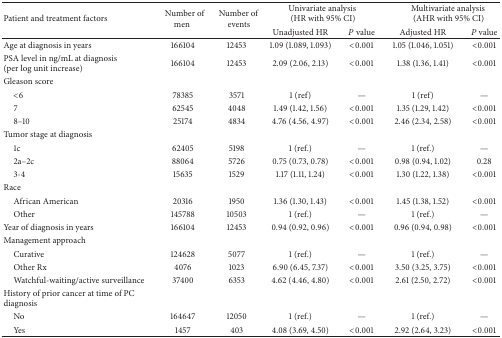
<table><thead><tr><td rowspan="2"><b>Patient and treatment factors</b></td><td rowspan="2"><b>Number of men</b></td><td rowspan="2"><b>Number of events</b></td><td colspan="2"><b>Univariate analysis(HR with 95% CI)</b></td><td colspan="2"><b>Multivariate analysis(AHR with 95% CI)</b></td></tr><tr><td><b>Unadjusted HR</b></td><td><b><i>P</i> value</b></td><td><b>Adjusted HR</b></td><td><b><i>P</i> value</b></td></tr></thead><tbody><tr><td>Age at diagnosis in years</td><td>166104</td><td>12453</td><td>1.09 (1.089, 1.093)</td><td>&lt;0.001</td><td>1.05 (1.046, 1.051)</td><td>&lt;0.001</td></tr><tr><td>PSA level in ng/mL at diagnosis (per log unit increase)</td><td>166104</td><td>12453</td><td>2.09 (2.06, 2.13)</td><td>&lt;0.001</td><td>1.38 (1.36, 1.41)</td><td>&lt;0.001</td></tr><tr><td>Gleason score</td><td> </td><td> </td><td> </td><td> </td><td> </td><td> </td></tr><tr><td> &lt;6</td><td>78385</td><td>3571</td><td>1 (ref)</td><td>—</td><td>1 (ref)</td><td>—</td></tr><tr><td> 7</td><td>62545</td><td>4048</td><td>1.49 (1.42, 1.56)</td><td>&lt;0.001</td><td>1.35 (1.29, 1.42)</td><td>&lt;0.001</td></tr><tr><td> 8–10</td><td>25174</td><td>4834</td><td>4.76 (4.56, 4.97)</td><td>&lt;0.001</td><td>2.46 (2.34, 2.58)</td><td>&lt;0.001</td></tr><tr><td>Tumor stage at diagnosis</td><td> </td><td> </td><td> </td><td> </td><td> </td><td> </td></tr><tr><td> 1c</td><td>62405</td><td>5198</td><td>1 (ref.)</td><td>—</td><td>1 (ref.)</td><td>—</td></tr><tr><td> 2a–2c</td><td>88064</td><td>5726</td><td>0.75 (0.73, 0.78)</td><td>&lt;0.001</td><td>0.98 (0.94, 1.02)</td><td>0.28</td></tr><tr><td> 3-4</td><td>15635</td><td>1529</td><td>1.17 (1.11, 1.24)</td><td>&lt;0.001</td><td>1.30 (1.22, 1.38)</td><td>&lt;0.001</td></tr><tr><td>Race</td><td> </td><td> </td><td> </td><td> </td><td> </td><td> </td></tr><tr><td> African American</td><td>20316</td><td>1950</td><td>1.36 (1.30, 1.43)</td><td>&lt;0.001</td><td>1.45 (1.38, 1.52)</td><td>&lt;0.001</td></tr><tr><td> Other</td><td>145788</td><td>10503</td><td>1 (ref.)</td><td>—</td><td>1 (ref.)</td><td>—</td></tr><tr><td>Year of diagnosis in years</td><td>166104</td><td>12453</td><td>0.94 (0.92, 0.96)</td><td>&lt;0.001</td><td>0.96 (0.94, 0.98)</td><td>&lt;0.001</td></tr><tr><td>Management approach</td><td> </td><td> </td><td> </td><td> </td><td> </td><td> </td></tr><tr><td> Curative</td><td>124628</td><td>5077</td><td>1 (ref.)</td><td>—</td><td>1 (ref.)</td><td>—</td></tr><tr><td> Other Rx</td><td>4076</td><td>1023</td><td>6.90 (6.45, 7.37)</td><td>&lt;0.001</td><td>3.50 (3.25, 3.75)</td><td>&lt;0.001</td></tr><tr><td> Watchful-waiting/active surveillance</td><td>37400</td><td>6353</td><td>4.62 (4.46, 4.80)</td><td>&lt;0.001</td><td>2.61 (2.50, 2.72)</td><td>&lt;0.001</td></tr><tr><td>History of prior cancer at time of PC diagnosis</td><td> </td><td> </td><td> </td><td> </td><td> </td><td> </td></tr><tr><td> No</td><td>164647</td><td>12050</td><td>1 (ref.)</td><td>—</td><td>1 (ref.)</td><td>—</td></tr><tr><td> Yes</td><td>1457</td><td>403</td><td>4.08 (3.69, 4.50)</td><td>&lt;0.001</td><td>2.92 (2.64, 3.23)</td><td>&lt;0.001</td></tr></tbody></table>